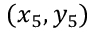
( x _ { 5 } , y _ { 5 } )